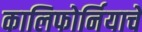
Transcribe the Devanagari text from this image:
कालिफोर्नियाचे